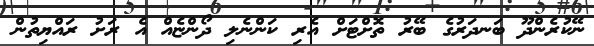
ނޭކުރެންދޫ ބަނދަރުގެ ބޭރު ތޮށްޓަށް އެރި ކަންނެލި ދޯންޏެއް އެ ރަށު ރައްޔިތުން